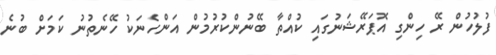
ފުލުހުން ރޭ ހިންގި އޮޕަރޭޝަނުގައި ކުއްތާ ބޭނުންކުރުމުން އަންހެނަކު ހޭނެތުނު ކަމަށް ބުނެ